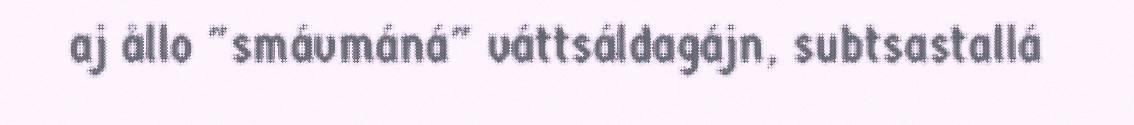
aj ållo "smávmáná" váttsáldagájn, subtsastallá